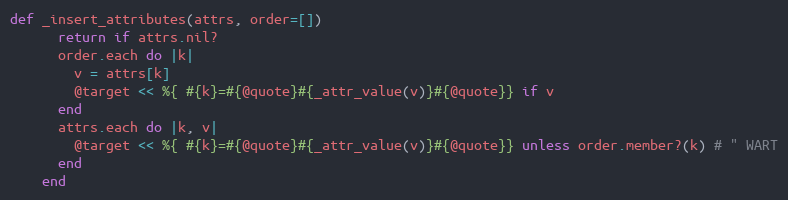
Language: Ruby
def _insert_attributes(attrs, order=[])
      return if attrs.nil?
      order.each do |k|
        v = attrs[k]
        @target << %{ #{k}=#{@quote}#{_attr_value(v)}#{@quote}} if v
      end
      attrs.each do |k, v|
        @target << %{ #{k}=#{@quote}#{_attr_value(v)}#{@quote}} unless order.member?(k) # " WART
      end
    end